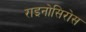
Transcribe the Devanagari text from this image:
राइनोसिरोस